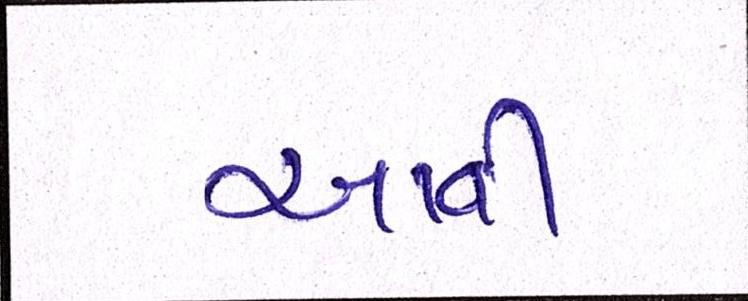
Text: આવી